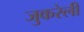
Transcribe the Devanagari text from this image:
जुकरेली